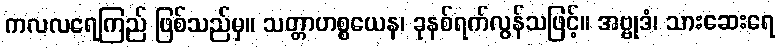
ကလလရေကြည် ဖြစ်သည်မှ။ သတ္တာဟစ္စယေန၊ ခုနစ်ရက်လွန်သဖြင့်။ အဗ္ဗုဒံ၊ သားဆေးရေ